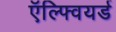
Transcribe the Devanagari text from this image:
ऍल्फ्वियर्ड